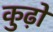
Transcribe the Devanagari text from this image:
कुढ़ो